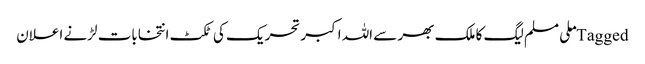
Tagged ملی مسلم لیگ کا ملک بھر سے اللہ اکبر تحریک کی ٹکٹ انتخابات لڑنے اعلان